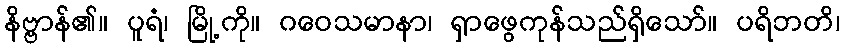
နိဗ္ဗာန်၏။ ပူရံ၊ မြို့ကို။ ဂဝေသမာနာ၊ ရှာဖွေကုန်သည်ရှိသော်။ ပရိဘတိ၊